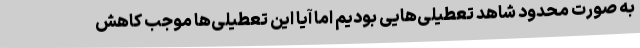
به صورت محدود شاهد تعطیلی‌هایی بودیم اما آیا این تعطیلی‌ها موجب کاهش